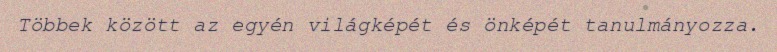
Többek között az egyén világképét és önképét tanulmányozza.